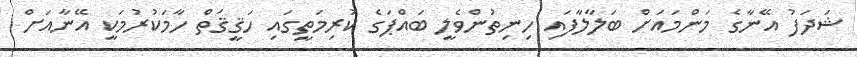
ޝަދަފު އޭނާގެ މަންމައަށް ބަލާލާފައި ހިނިތުންވެލީ ބައްޕަގެ ކުރިމަތީގައި ހަޤީޤަތް ހާމަކުރުމަކީ އޭނާއަށް